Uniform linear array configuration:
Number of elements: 12
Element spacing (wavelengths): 0.5
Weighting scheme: exponential
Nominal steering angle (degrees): -15
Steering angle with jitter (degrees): -16.851
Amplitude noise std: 0.05
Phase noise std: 0.05

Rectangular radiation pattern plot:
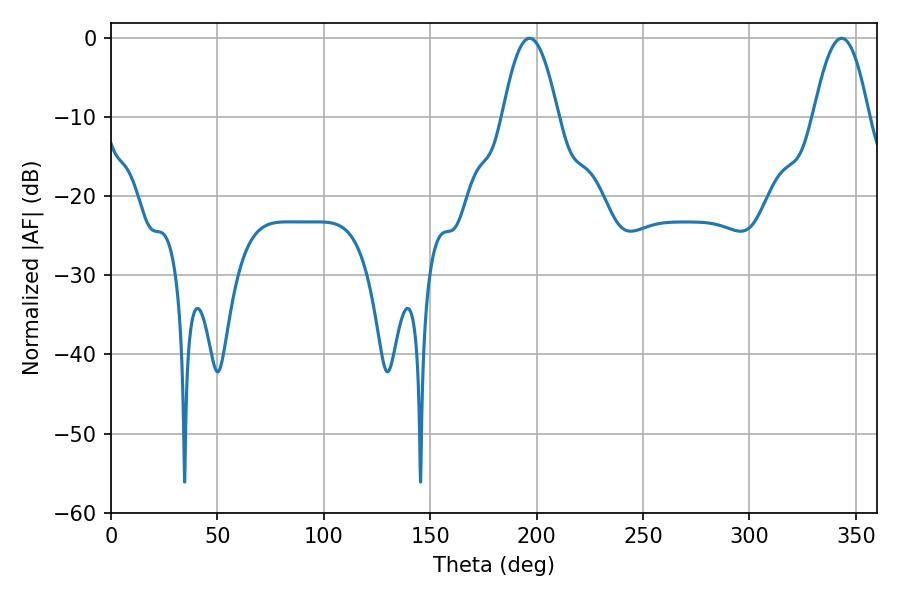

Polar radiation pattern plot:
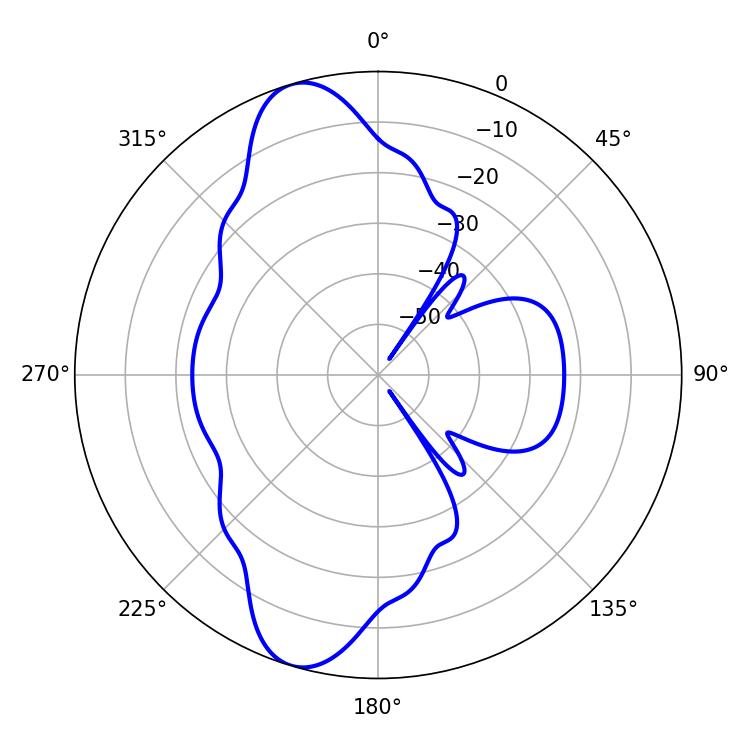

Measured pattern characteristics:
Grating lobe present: FALSE
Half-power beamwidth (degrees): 14.22
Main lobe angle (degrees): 196.74